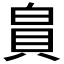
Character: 𪽾